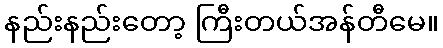
နည်းနည်းတော့ ကြီးတယ်အန်တီမေ။